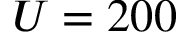
U = 2 0 0